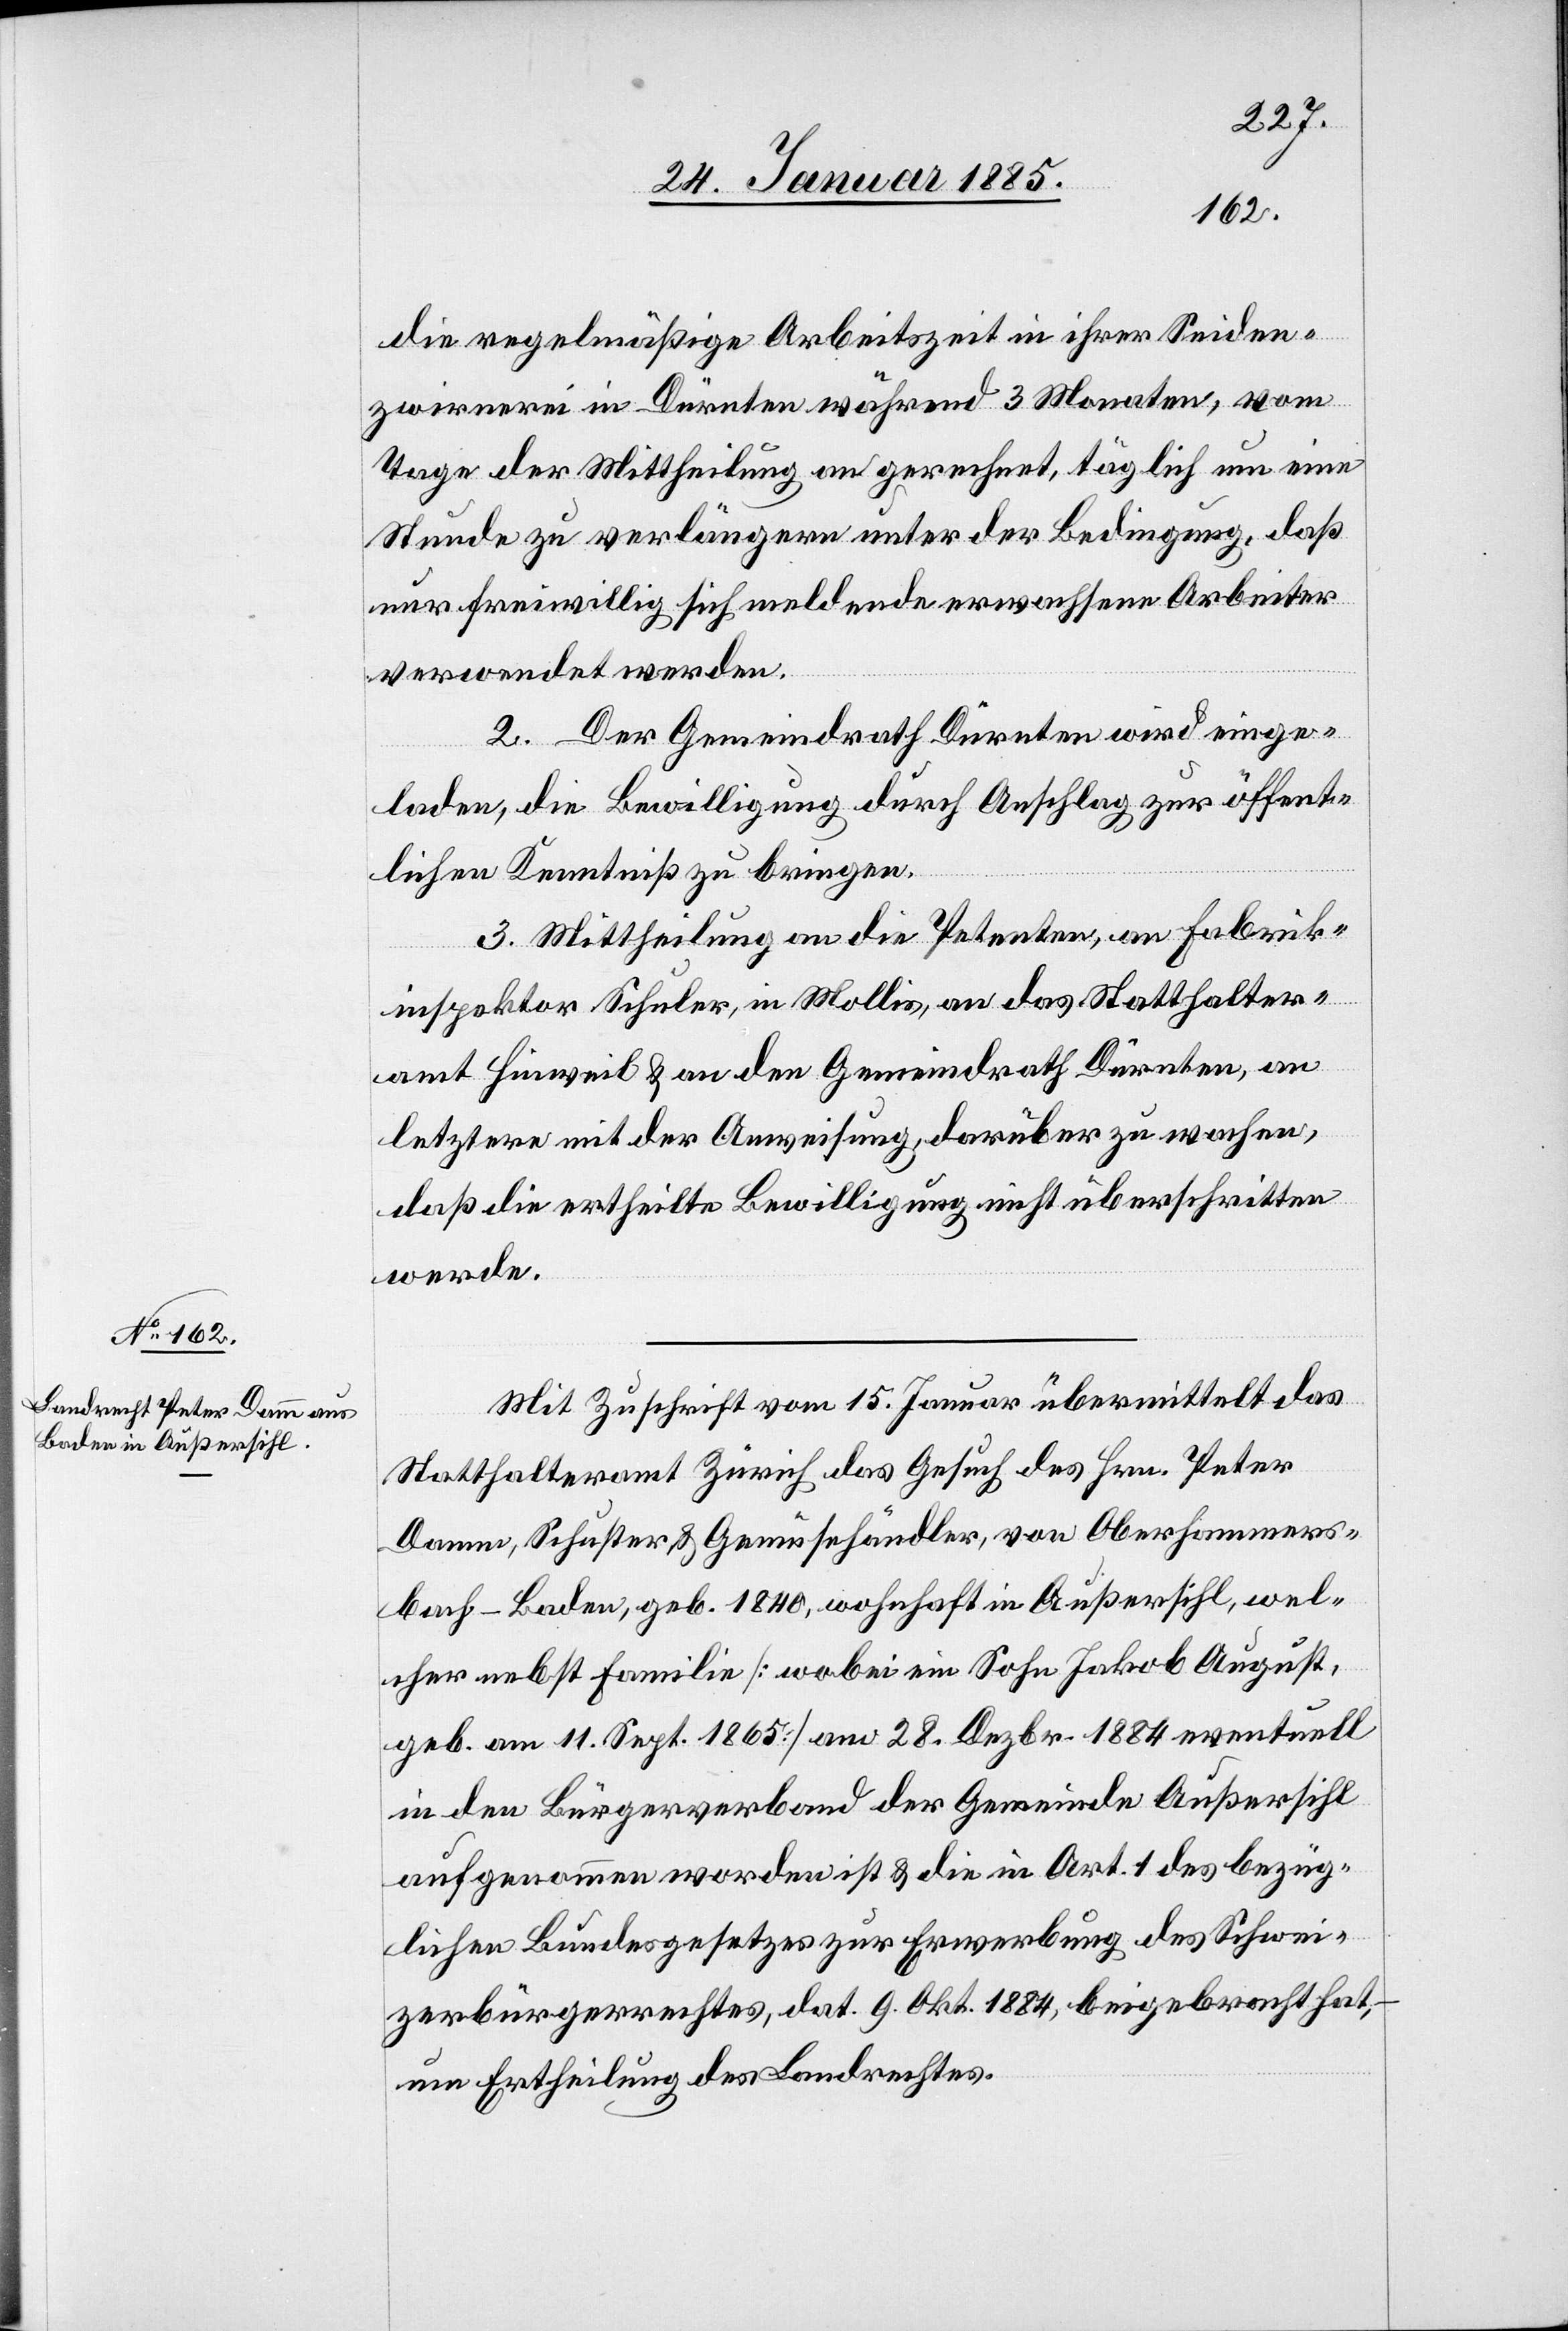
bach
die regelmäßige Arbeitszeit in ihrer Seiden¬
zwirnerei in Dürnten während 3 Monaten, vom
Tage der Mittheilung an gerechnet, täglich um eine
Stunde zu verlängern unter der Bedingung, daß
nur freiwillig sich meldende erwachsene Arbeiter
verwendet werden.
2. Der Gemeindrath Dürnten wird einge¬
laden, die Bewilligung durch Anschlage zur öffent¬
lichen Kenntniß zu bringen.
3. Mittheilung an die Petenten, an Fabrik¬
inspektor Schuler, in Mollis, an das Statthalter¬
amt Hinweil & an den Gemeindrath Dürnten, an
letztere mit der Anweisung darüber zu wachen,
daß die ertheilte Bewilligung nicht überschritten
werde.
Mit Zuschrift vom 15. Januar übermittelt das
Statthalteramt Zürich das Gesuch des Hrn. Peter
Damm, Schuster & Gemüsehändler, von Oberhammers¬
- Baden, geb. 1840, wohnhaft in Außersihl, wel¬
cher nebst Familie [wobei ein Sohn Jakob August,
geb. am 11. Sept. 1865] am 28. Dezbr. 1884 eventuell
in den Bürgerverband der Gemeinde Außersihl
aufgenommen worden ist & die in Art. 1 des bezüg¬
lichen Bundesgesetzes zur Erwerbung des Schwei¬
zerbürgerrechtes, dat. 9. Okt. 1884, beigebracht hat,
um Ertheilung des Landesrechtes.